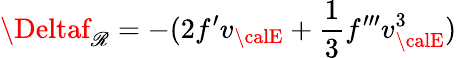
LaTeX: \Deltaf_{\mathscr{R}}=-(2f^{\prime}v_{\calE}+{\frac{{1}}{{3}}}f^{\prime\prime\prime}v_{\calE}^{3})